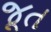
જૂત